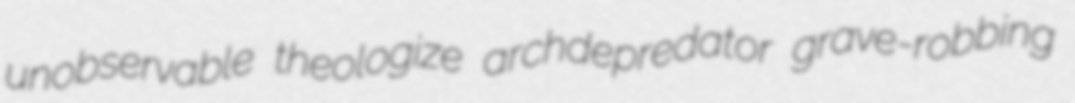
unobservable theologize archdepredator grave-robbing